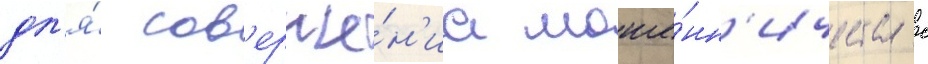
дл'я́ сов'ерше́н'иа моше́нн'ичества с